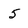
Character: 5